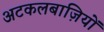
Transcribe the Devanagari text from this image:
अटकलबाज़ियों